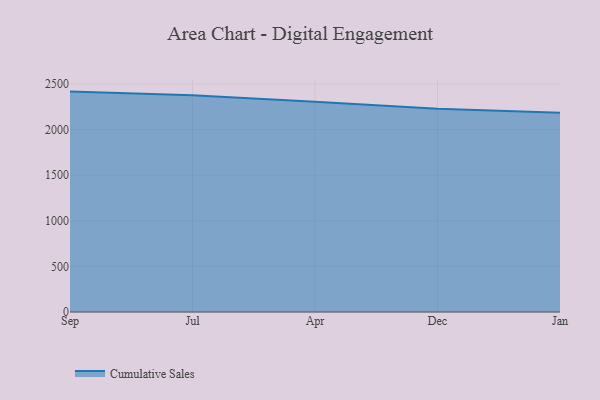
{"axis": {"x": "Month", "y": "Demand Index"}, "legend": ["Cumulative Sales"], "data": [{"x": "Sep", "y": 2416.4, "type": "Cumulative Sales"}, {"x": "Jul", "y": 2377.5, "type": "Cumulative Sales"}, {"x": "Apr", "y": 2306.0, "type": "Cumulative Sales"}, {"x": "Dec", "y": 2228.0, "type": "Cumulative Sales"}, {"x": "Jan", "y": 2184.2, "type": "Cumulative Sales"}]}